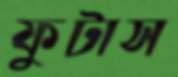
ফুটাস